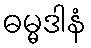
ဓမ္မဒါနံ